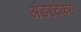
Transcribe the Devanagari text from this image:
अंडरटेकर्स